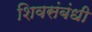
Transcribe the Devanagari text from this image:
शिवसंबंधी